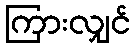
ကြားလျှင်